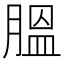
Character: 膃